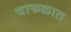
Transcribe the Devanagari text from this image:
चाफळात